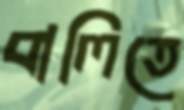
বালিতে